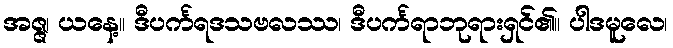
အဇ္ဇ၊ ယနေ့။ ဒီပင်္ကရဒသဗလဿ၊ ဒီပင်္ကရာဘုရားရှင်၏။ ပါဒမူလေ၊